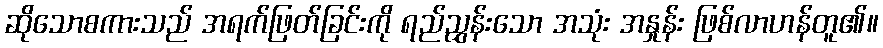
ဆိုသောစကားသည် အရက်ဖြတ်ခြင်းကို ရည်ညွှန်းသော အသုံး အနှုန်း ဖြစ်လာဟန်တူ၏။